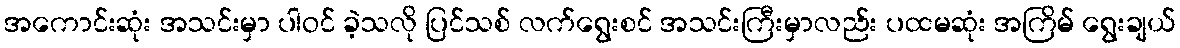
အကောင်းဆုံး အသင်းမှာ ပါဝင် ခဲ့သလို ပြင်သစ် လက်ရွေးစင် အသင်းကြီးမှာလည်း ပထမဆုံး အကြိမ် ရွေးချယ်